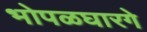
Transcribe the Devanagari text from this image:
भोपळघारगे